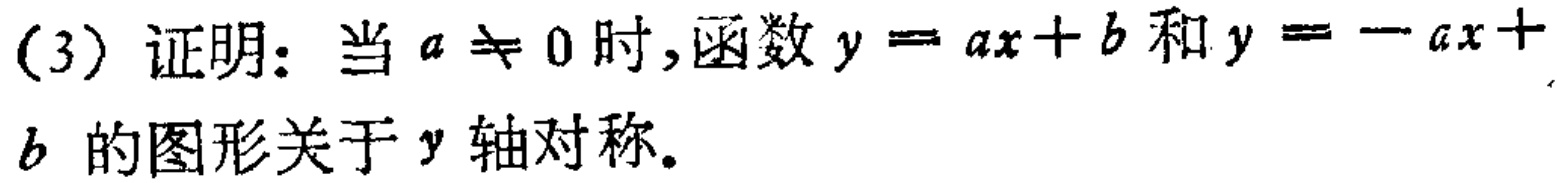
(3) 证明：当 \(a \neq 0\) 时，函数 \(y = ax + b\) 和 \(y = -ax + b\) 的图形关于 \(y\) 轴对称。